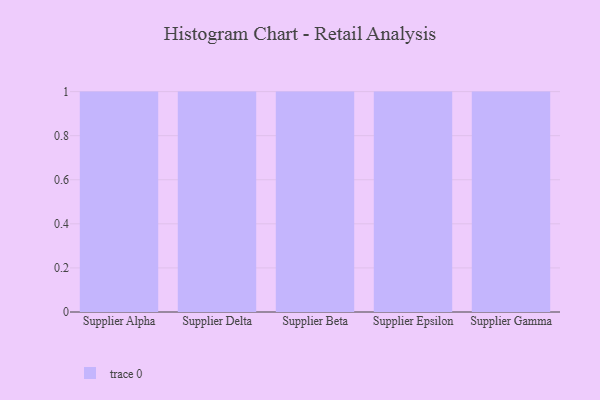
{"axis": {"x": "Supplier", "y": "Website Visitors"}, "legend": [""], "data": [{"x": "Supplier Alpha", "y": 71, "type": ""}, {"x": "Supplier Delta", "y": 6, "type": ""}, {"x": "Supplier Beta", "y": 51, "type": ""}, {"x": "Supplier Epsilon", "y": 48, "type": ""}, {"x": "Supplier Gamma", "y": 29, "type": ""}]}